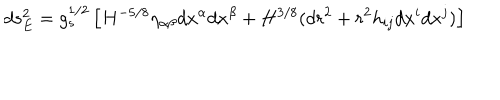
LaTeX: d s _ { E } ^ { 2 } = g _ { s } ^ { 1 / 2 } \left[ H ^ { - 5 / 8 } \eta _ { \alpha \beta } d x ^ { \alpha } d x ^ { \beta } + H ^ { 3 / 8 } ( d r ^ { 2 } + r ^ { 2 } h _ { i j } d x ^ { i } d x ^ { j } ) \right]